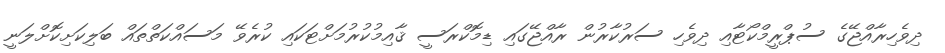
ދިވެހިރާއްޖޭގެ ސުޕްރީމްކޯޓާއި ދިވެހި ސަރުކާރުން ރާއްޖޭގައި ޑިމޮކްރަސީ ޤާއިމުކުރުމަށްޓަކައި ކުރެވޭ މަސައްކަތްތައް ބަލިކަށިކޮށްލަނީ